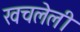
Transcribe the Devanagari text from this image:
खचलेली